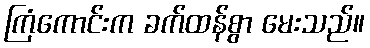
ကြံကောင်းက ခက်ထန်စွာ မေးသည်။